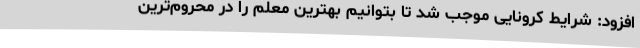
افزود: شرایط کرونایی موجب شد تا بتوانیم بهترین معلم را در محروم‌ترین